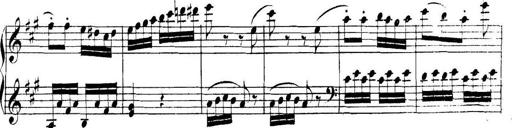
Title: Collected Piano Sonatas
Composer: Muzio Clementi